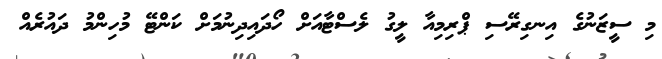
މި ސީޒަނުގެ އިނގިރޭސި ޕްރިމިއާ ލީގު ލެސްޓާއަށް ހޯދައިދިނުމަށް ކަންޓޭ މުހިންމު ދައުރެއް